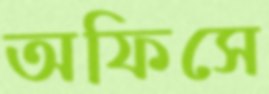
অফিসে